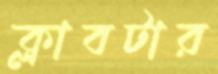
ক্লাবটার